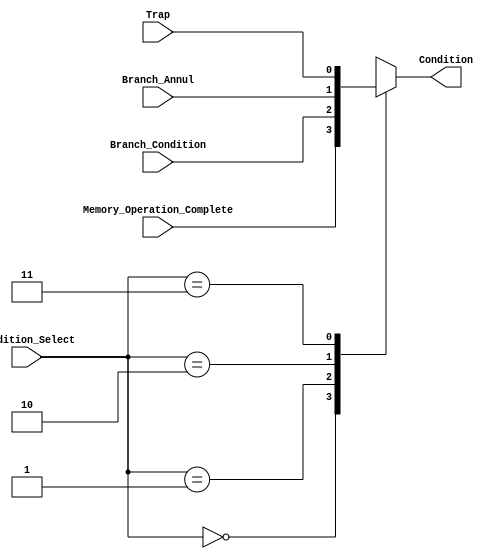
module Condition_MUX (
						output reg Condition,
						input Memory_Operation_Complete,
						input Branch_Condition,
						input Branch_Annul,
						input Trap,
						input [1:0] Condition_Select
						);
	
	always @*
		begin
		case (Condition_Select)
			2'b00:	// Memory Operation Complete
				begin
				Condition = Memory_Operation_Complete;
				end
			2'b01:	// Branch Condition
				begin
				Condition = Branch_Condition;
				end
			2'b10: // Branch Annul Condition
				begin
				Condition = Branch_Annul;
				end
			2'b11: // Trap Condition
				begin
				Condition = Trap;
				end
		endcase
		end
endmodule